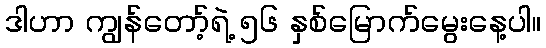
ဒါဟာ ကျွန်တော့်ရဲ့ ၅၆ နှစ်မြောက်မွေးနေ့ပါ။